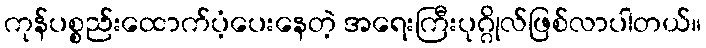
ကုန်ပစ္စည်းထောက်ပံ့ပေးနေတဲ့ အရေးကြီးပုဂ္ဂိုလ်ဖြစ်လာပါတယ်။